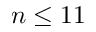
n \leq 1 1